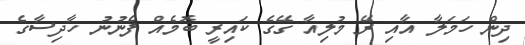
ދިން ހަމަލާ އާއި ރޭ މުލިއާ ގޭގެ ކައިރީ ބޮމެއް ފެނުނު ހާދިސާގެ